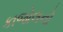
કાજોલનો